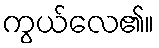
ကွယ်လေ၏။